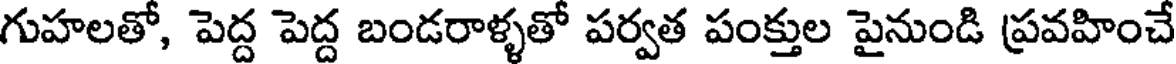
గుహలతో, పెద్ద పెద్ద బండరాళ్ళతో పర్వత పంక్తుల పైనుండి ప్రవహించే